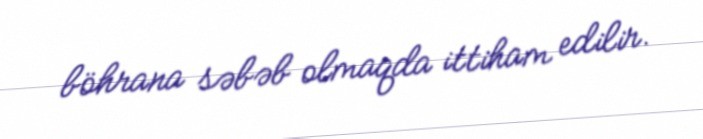
böhrana səbəb olmaqda ittiham edilir.